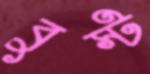
বুস্ট